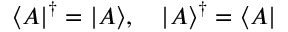
\langle A | ^ { \dagger } = | A \rangle , \quad | A \rangle ^ { \dagger } = \langle A |